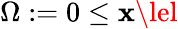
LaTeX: \Omega:=0\le\mathbf{x}\lel